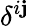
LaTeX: \delta^{i\mathbf{j}}